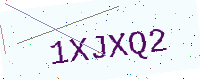
Text: 1XJXQ2